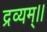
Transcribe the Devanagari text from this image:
द्रव्यम्।।